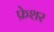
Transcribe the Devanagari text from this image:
फ्रेशर